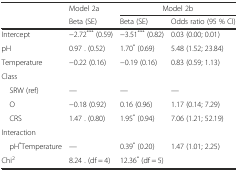
<table><thead><tr><td rowspan="2"></td><td><b>Model 2a</b></td><td colspan="2"><b>Model 2b</b></td></tr><tr><td><b>Beta (SE)</b></td><td><b>Beta (SE)</b></td><td><b>Odds ratio (95 % CI)</b></td></tr></thead><tbody><tr><td>Intercept</td><td>−2.72<sup>***</sup> (0.59)</td><td>−3.51<sup>***</sup> (0.82)</td><td>0.03 (0.00; 0.01)</td></tr><tr><td>pH</td><td>0.97 . (0.52)</td><td>1.70<sup>*</sup> (0.69)</td><td>5.48 (1.52; 23.84)</td></tr><tr><td>Temperature</td><td>−0.22 (0.16)</td><td>−0.19 (0.16)</td><td>0.83 (0.59; 1.13)</td></tr><tr><td colspan="4">Class</td></tr><tr><td> SRW (ref)</td><td>—</td><td>—</td><td>—</td></tr><tr><td> O</td><td>−0.18 (0.92)</td><td>0.16 (0.96)</td><td>1.17 (0.14; 7.29)</td></tr><tr><td> CRS</td><td>1.47 . (0.80)</td><td>1.95<sup>*</sup> (0.94)</td><td>7.06 (1.21; 52.19)</td></tr><tr><td colspan="4">Interaction</td></tr><tr><td> pH<sup>*</sup>Temperature</td><td>—</td><td>0.39<sup>*</sup> (0.20)</td><td>1.47 (1.01; 2.25)</td></tr><tr><td>Chi<sup>2</sup></td><td>8.24 . (df = 4)</td><td>12.36<sup>*</sup> (df = 5)</td><td></td></tr></tbody></table>